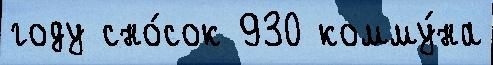
году сно́сок 930 комму́на